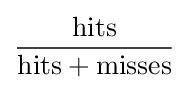
{\frac {\text{hits}}{{\text{hits}}+{\text{misses}}}}